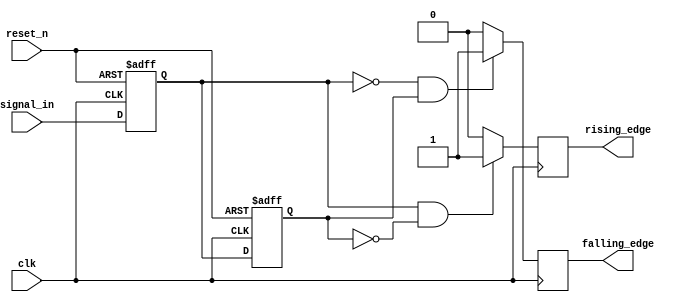
module glitch_free_edge_detector (
    input wire clk,             // Clock signal
    input wire reset_n,         // Asynchronous reset (active-low)
    input wire signal_in,       // Digital input signal to be monitored
    output reg rising_edge,     // Rising edge output
    output reg falling_edge      // Falling edge output
);

// Memory Blocks: Flip-Flops
reg signal_current;  // Current state of the input signal
reg signal_previous; // Previous state of the input signal

// Asynchronous reset and state update on clock edge
always @(posedge clk or negedge reset_n) begin
    if (!reset_n) begin
        signal_current <= 1'b0; // Reset current state to 0
        signal_previous <= 1'b0; // Reset previous state to 0
    end else begin
        signal_previous <= signal_current; // Store previous state
        signal_current <= signal_in;       // Update current state
    end
end

// Edge detection logic
always @(posedge clk) begin
    // Initialize edge outputs to low
    rising_edge <= 1'b0;
    falling_edge <= 1'b0;

    // Rising edge detection
    if (signal_current && !signal_previous) begin
        rising_edge <= 1'b1; // Set rising edge high for one cycle
    end

    // Falling edge detection
    if (!signal_current && signal_previous) begin
        falling_edge <= 1'b1; // Set falling edge high for one cycle
    end
end

endmodule